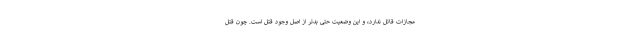
مجازات قاتل ندارد، و این وضعیت حتی بدتر از اصل وجود قتل است. چون قتل